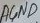
Text: AGND